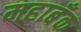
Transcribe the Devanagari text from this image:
महाबँक